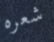
شعره